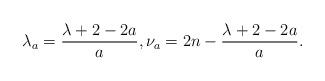
LaTeX: \begin{align*}\lambda_{a} = \frac{\lambda + 2 - 2a}{a}, \nu_{a} =2n - \frac{\lambda + 2 - 2a}{a}.\end{align*}